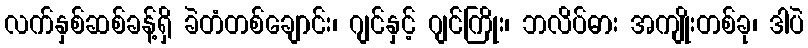
လက်နှစ်ဆစ်ခန့်ရှိ ခဲတံတစ်ချောင်း၊ ဂျင်နှင့် ဂျင်ကြိုး၊ ဘလိပ်ဓား အကျိုးတစ်ခု၊ ဒါပဲ